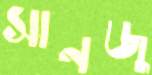
সানজু